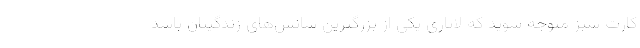
کارت سبز متوجه شوید که لاتاری یکی از بزرگترین شانس‌های زندگیتان باشد